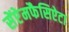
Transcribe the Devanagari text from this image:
सेंप्टेमफैसिऐटा